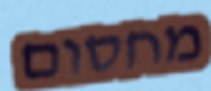
מחסום